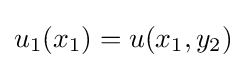
u_{1}(x_{1})=u(x_{1},y_{2})